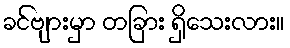
ခင်ဗျားမှာ တခြား ရှိသေးလား။